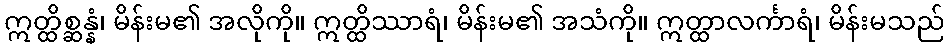
ဣတ္ထိစ္ဆန္နံ၊ မိန်းမ၏ အလိုကို။ ဣတ္ထိဿာရံ၊ မိန်းမ၏ အသံကို။ ဣတ္ထာလင်္ကာရံ၊ မိန်းမသည်